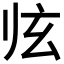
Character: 𱮲